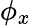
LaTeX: \phi_{x}